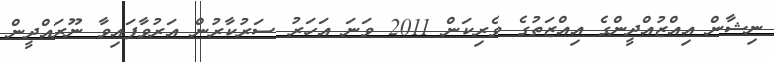
ނިޝާން އިއްޒުއްދީންގެ އިއްޒަތުގެ ވެރިކަން 2011 ވަނަ އަހަރު ސަރުކާރުން އަރުވާފައިވާ ނޫރައްދީން